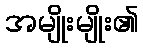
အမျိုးမျိုး၏